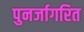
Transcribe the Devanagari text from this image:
पुनर्जागरित